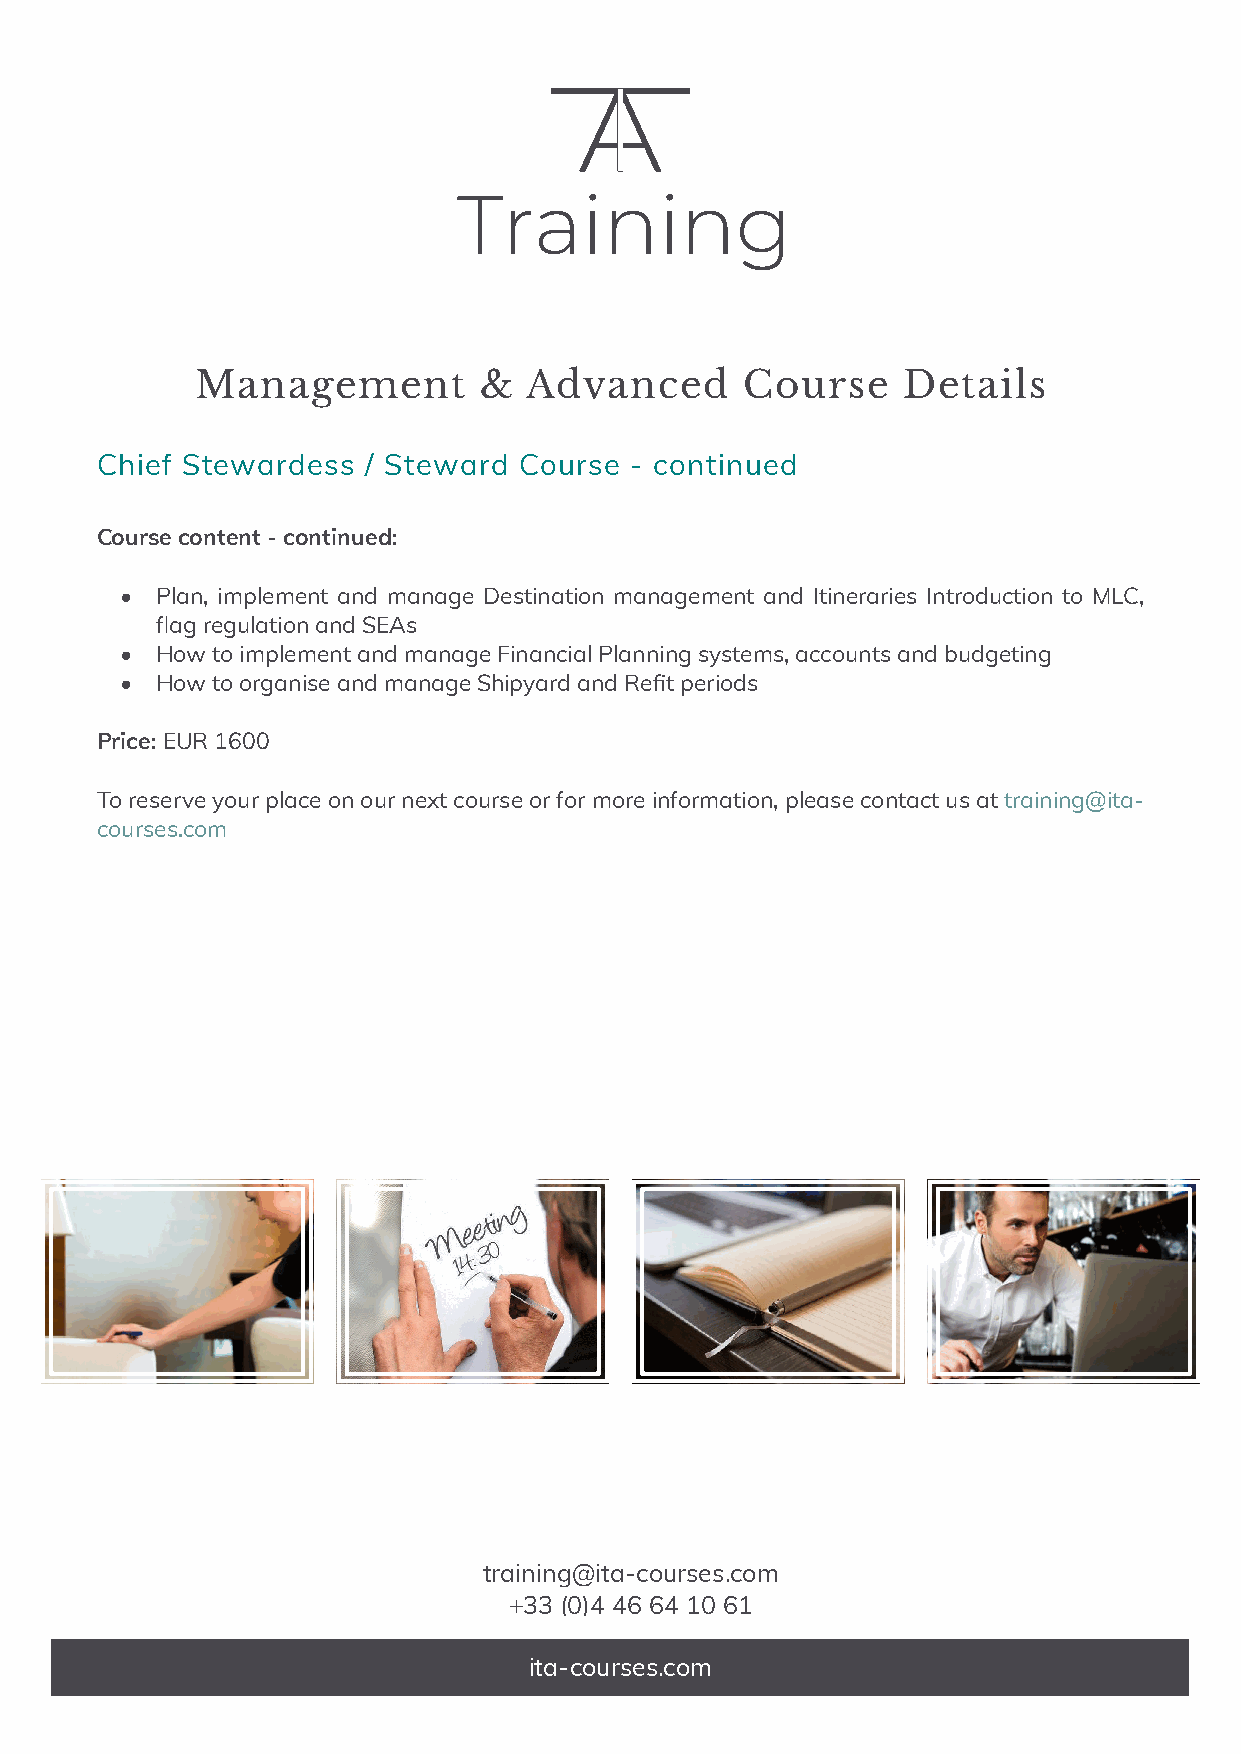
Management         &  Advanced      Course     Details
 Chief Stewardess  / Steward Course  - continued
 Course content - continued:
 • Plan, implement and manage Destination management and Itineraries Introduction to MLC,
 flag regulation and SEAs
 • How to implement and manage Financial Planning systems, accounts and budgeting
 • How to organise and manage Shipyard and Refit periods
 Price: EUR 1600
 To reserve your place on our next course or for more information, please contact us at training@ita-
 courses.com
 training@ita-courses.com
 +33 (0)4 46 64 10 61
 ita-courses.com